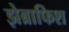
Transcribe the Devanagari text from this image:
झेब्राफिश